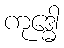
ကုဒ္ဓေါ